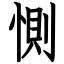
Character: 惻